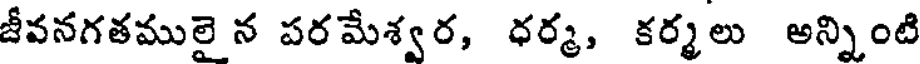
జీవనగతములై న పరమేశ్వర, ధర్మ, కర్మలు అన్నింటి